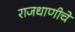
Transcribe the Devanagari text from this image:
राजधाणीचे